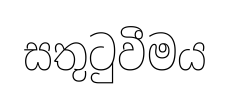
සතුටුවීමය